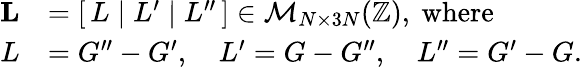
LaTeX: \begin{array}{rl}{\mathbf{L}}&{=[\, L\; |\; L^{\prime}\; |\; L^{\prime\prime}\, ]\in\mathcal{M}_{N\times 3N}(\mathbb{Z}),\ \mathrm{where}}\\ {L}&{=G^{\prime\prime}-G^{\prime},\quad L^{\prime}=G-G^{\prime\prime},\quad L^{\prime\prime}=G^{\prime}-G.}\end{array}